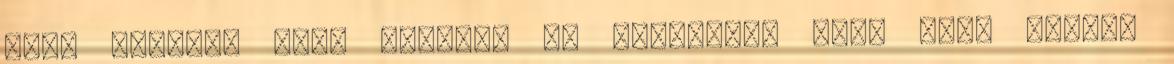
lesz modern, hogy megérti és elfogadja azt, hogy milyen